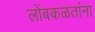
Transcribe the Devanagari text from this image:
लोंबकळतांना